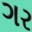
ગર